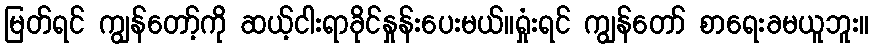
မြတ်ရင် ကျွန်တော့်ကို ဆယ့်ငါးရာခိုင်နှုန်းပေးမယ်။ရှုံးရင် ကျွန်တော် စာရေးခမယူဘူး။